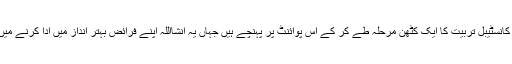
مرد کانسٹیبل اور لیڈی کانسٹیبل تربیت کا ایک کٹھن مرحلہ طے کر کے اس پوائنٹ پر پہنچے ہیں جہاں یہ انشااللہ اپنے فرائض بہتر انداز میں ادا کرنے میں مشغول ہو جائیں گے۔